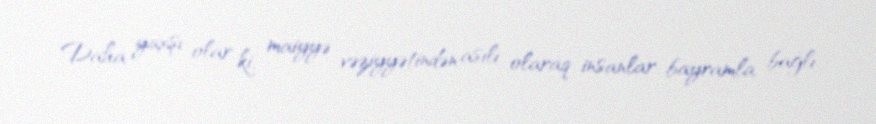
Daha yaxşı olar ki, maiyyə vəziyyətindən asılı olaraq insanlar bayramla bağlı